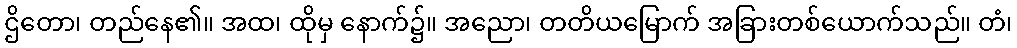
ဌိတော၊ တည်နေ၏။ အထ၊ ထိုမှ နောက်၌။ အညော၊ တတိယမြောက် အခြားတစ်ယောက်သည်။ တံ၊